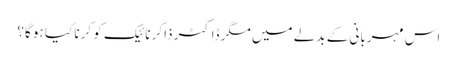
اس مہربانی کے بدلے میں مگر ڈاکٹر ذاکر نائیک کو کرنا کیا ہو گا؟